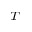
_ T